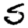
Digit: 5